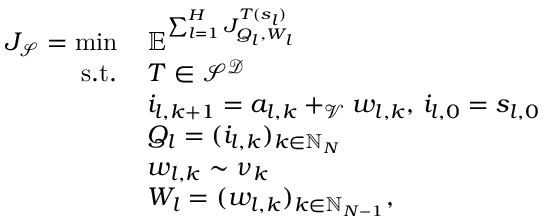
\begin{array} { r l } { J _ { \mathcal { S } } = \operatorname* { m i n } \, } & { \mathbb { E } ^ { \sum _ { l = 1 } ^ { H } J _ { Q _ { l } , W _ { l } } ^ { T ( s _ { l } ) } } } \\ { \mathrm { s . t . } \, } & { T \in \mathcal { S } ^ { \mathcal { D } } } \\ & { i _ { l , k + 1 } = a _ { l , k } + _ { \mathcal { V } } w _ { l , k } , \, i _ { l , 0 } = s _ { l , 0 } } \\ & { Q _ { l } = ( i _ { l , k } ) _ { k \in \mathbb { N } _ { N } } } \\ & { w _ { l , k } \sim \nu _ { k } } \\ & { W _ { l } = ( w _ { l , k } ) _ { k \in \mathbb { N } _ { N - 1 } } , } \end{array}